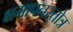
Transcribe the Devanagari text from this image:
क्षमापनस्तोत्र